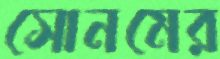
সোনমের